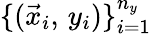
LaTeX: \{ (\vec{x}_{i},\, y_{i})\} _{i=1}^{n_{y}}